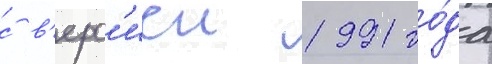
с в'ерс'иеи 1991 го́да